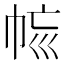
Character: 𢂩